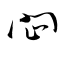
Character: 閊